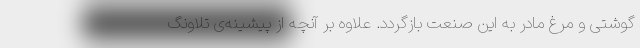
گوشتی و مرغ مادر به این صنعت بازگردد. علاوه بر آنچه از پیشینه‌ی تلاونگ